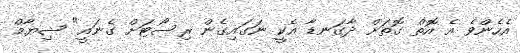
އެހެންވެ އެ އޮތް ގޮތަށް ދާގަނޑާ އެކީ ނަގައިގެން ރިސޯޓަށް ގެނައީ" ޝިޔާމް